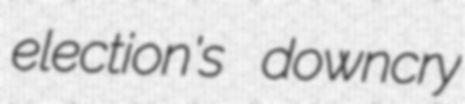
election's downcry